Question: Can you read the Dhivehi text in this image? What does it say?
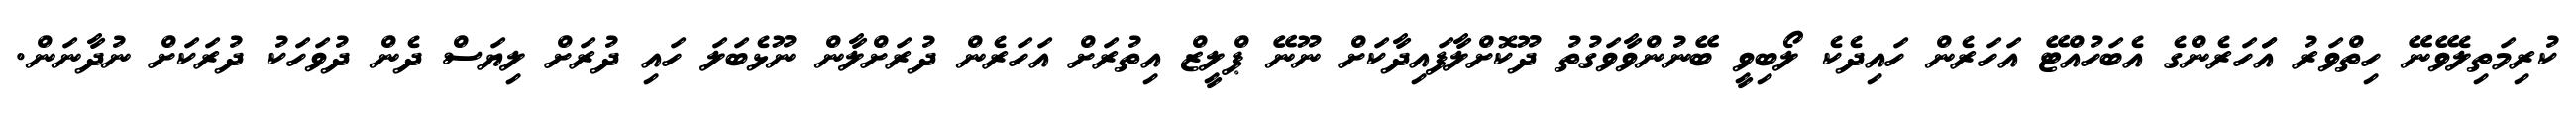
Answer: ކުރިމަތިލެވޭނޭ ހިތްވަރު އަަހަރެންގެ އެބަހުއްޓޭ އަހަރެން ހައިދެކެ ލޯބިވީ ބޭނުންވާވަގުތު ދޫކޮށްލާފައިދާކަށް ނޫނޭ ޕްލީޒް އިތުރަށް އަހަރެން ދުރަށްލާން ނޫޅެބަލަ ހައި ދުރަށް ލިޔަސް ދެން ދުވަހަކު ދުރަކަށް ނުދާނަން.